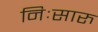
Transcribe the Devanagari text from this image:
निःसारु